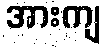
အားကျ